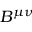
B ^ { \mu \nu }